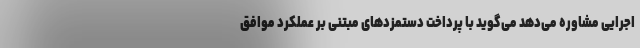
اجرایی مشاوره می‌دهد می‌گوید با پرداخت دستمزدهای مبتنی بر عملکرد موافق